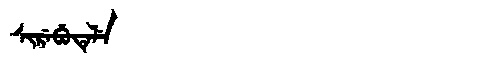
Manchu: ᠰᡳᡵᡝᠪᡠᡨᡝᠯᡝ
Romanization: SIREBUTELE